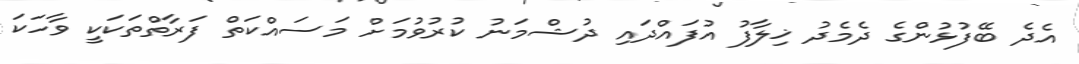
އެދެ ބޭފުޅުންގެ ދެމެދު ޚިލާފު އުފައްދައި ދުޝްމަނު ކުރުވުމަށް މަސައްކަތް ފަރާތްތަކަކީ ވާހަކަ